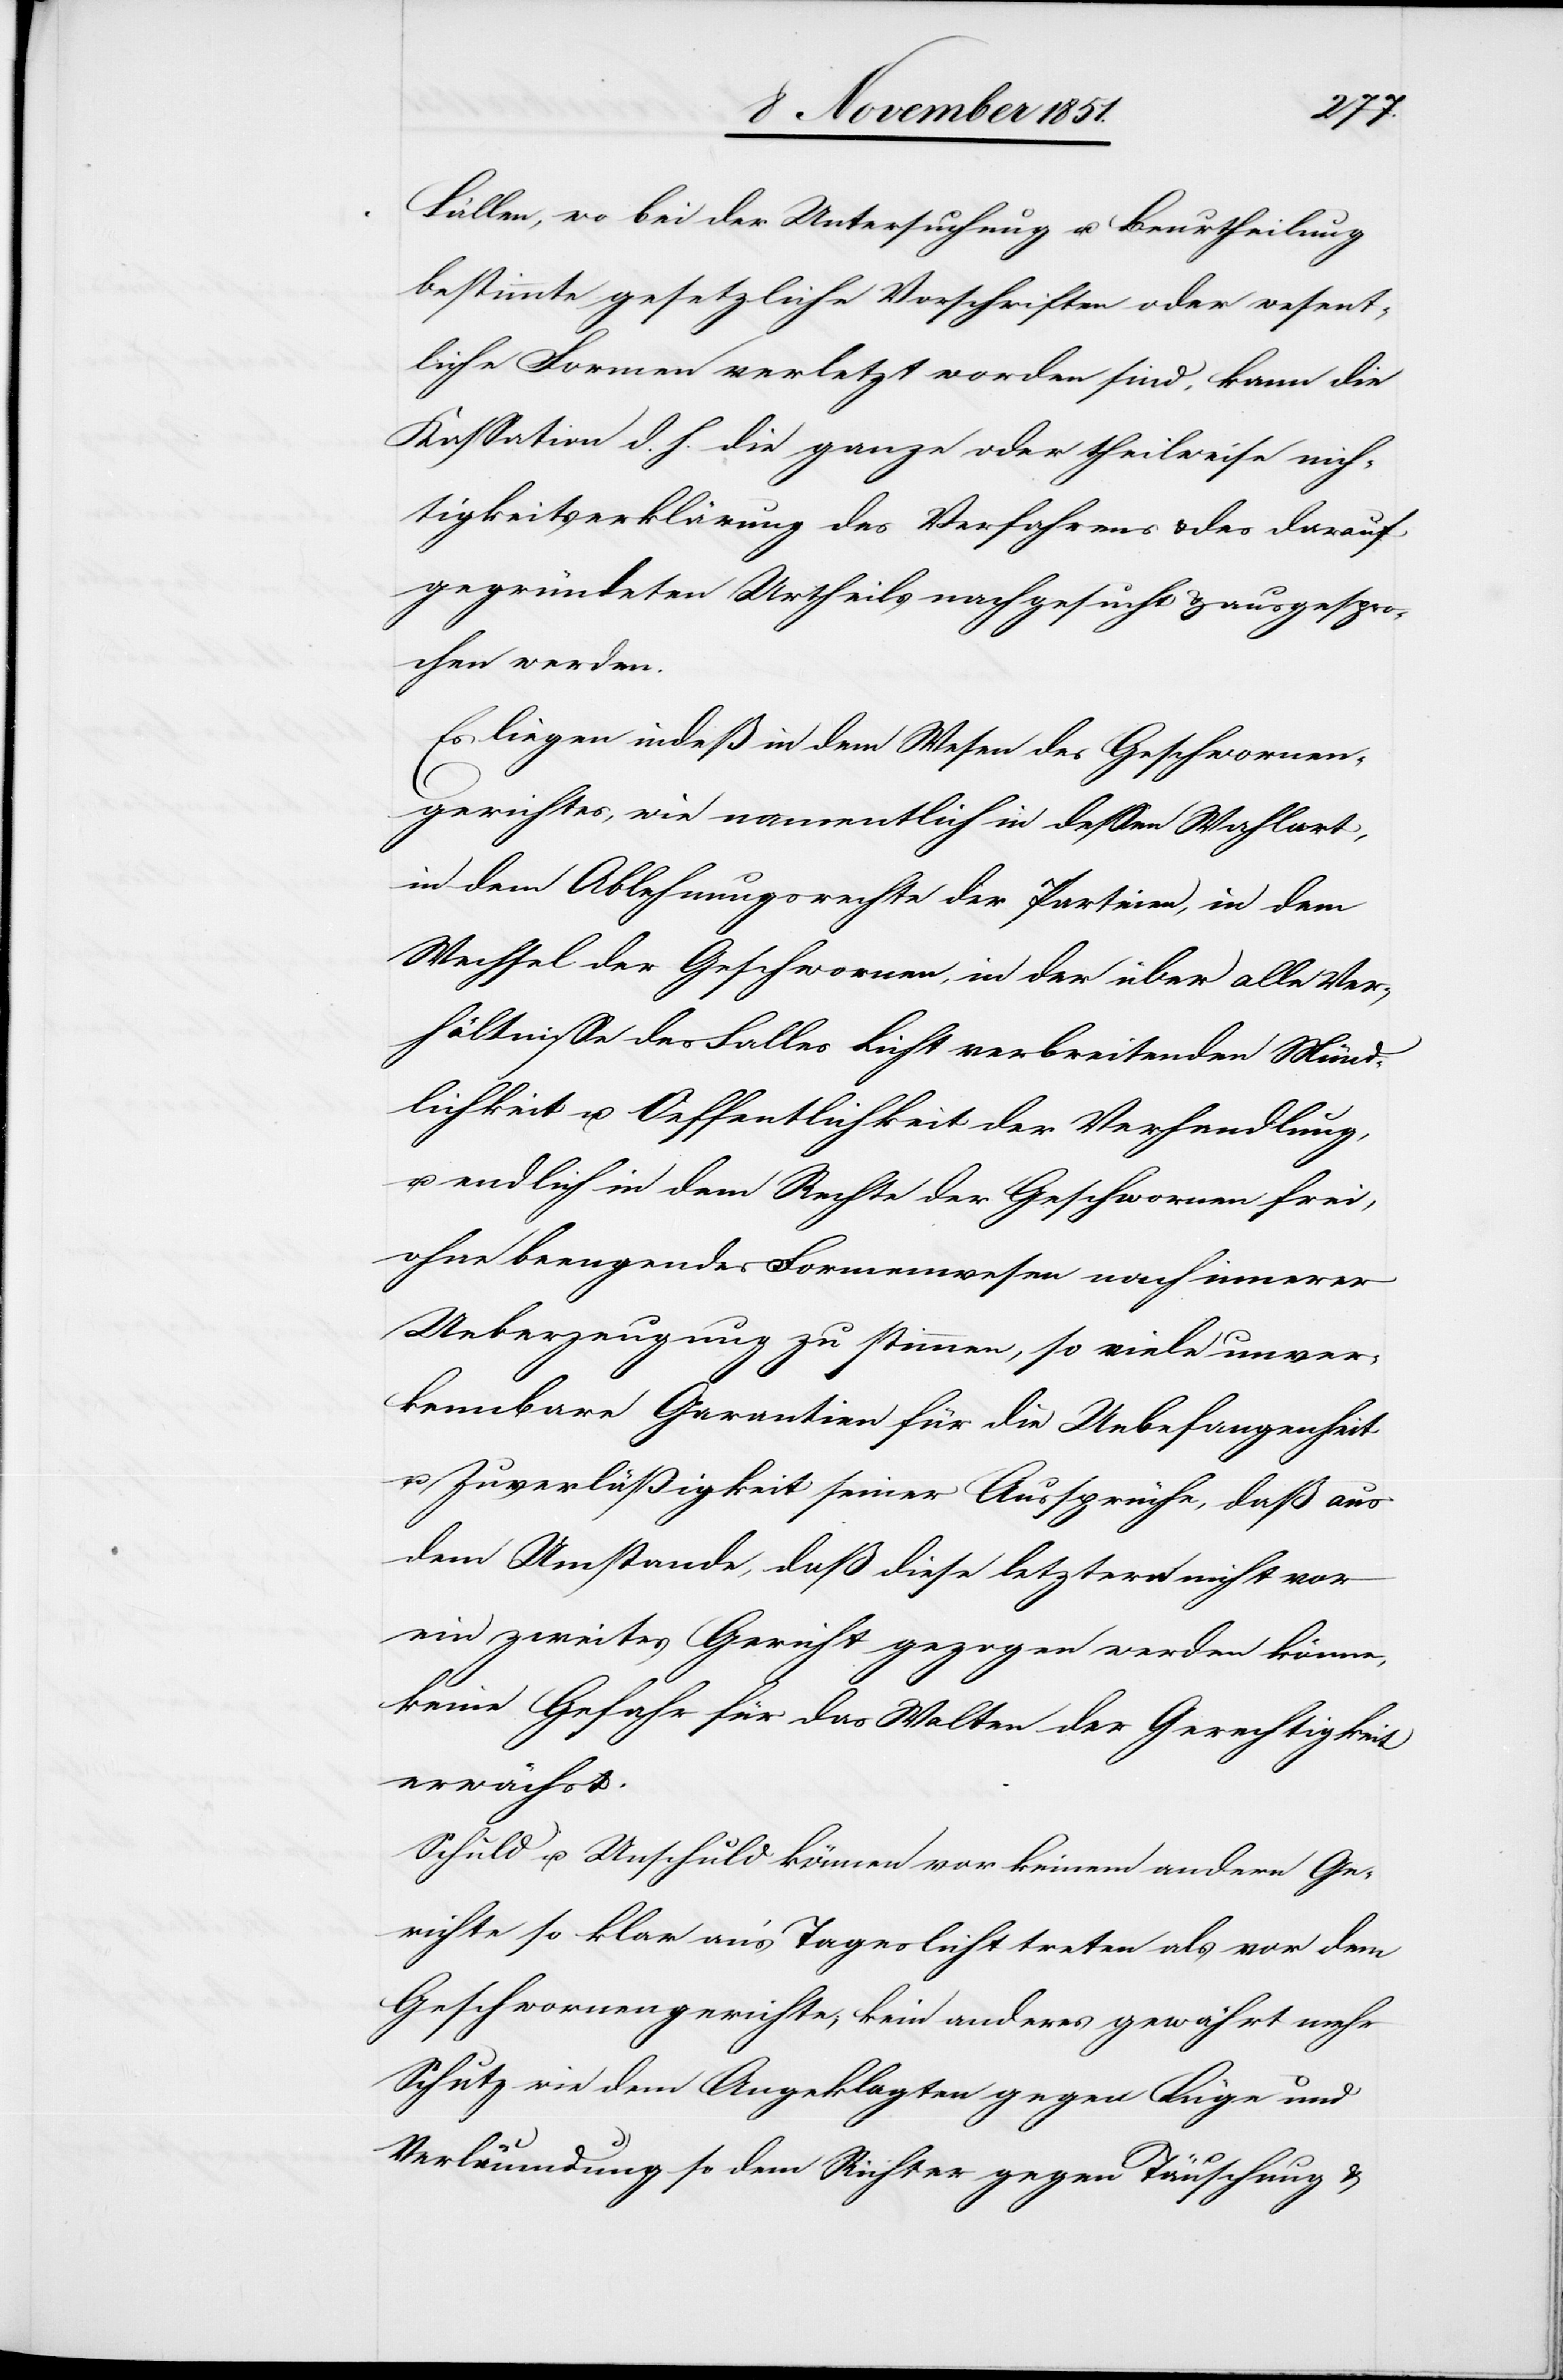
Fällen, wo bei der Untersuchung u. Beurtheilung
bestimmte gesetzliche Vorschriften oder wesent¬
liche Formen verletzt worden sind, kann die
Kassation d. h. die ganze oder theilweise nich¬
tigkeitserklärung [sic!] des Verfahrens & des darauf
gegründeten Urtheils nachgesucht & ausgespro¬
chen werden.
Es liegen indeß in dem Wesen des Geschwornen¬
gerichtes, wie namentlich in dessen Wahlart,
in dem Ablehnungsrechte der Parteien, in dem
Wechsel der Geschwornen, in der über alle Ver¬
hältnisse des Falles Licht verbreitenden Münd¬
lichkeit u. Oeffentlichkeit der Verhandlung,
u. endlich in dem Rechte der Geschwornen frei,
ohne beengendes Formenwesen nach innerer
Ueberzeugung zu stimmen, so viele unver¬
kennbare Garantien für die Unbefangenheit
u. Zuverläßigkeit seiner Aussprüche, daß aus
dem Umstande, daß diese letztern nicht vor
ein zweites Gericht gezogen werden könne[n],
keine Gefahr für das Walten der Gerechtigkeit
erwächst.
Schuld u. Unschuld können vor keinem andern Ge¬
richte so klar an’s Tageslicht treten als vor dem
Geschwornengerichte; kein anderes gewährt mehr
Schutz wie dem Angeklagten gegen Lüge und
Verläumdung so dem Richter gegen Täuschung &